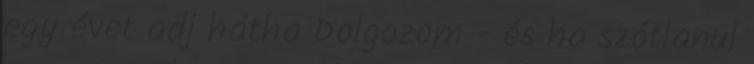
egy évet adj hátha Dolgozom - és ha szótlanul